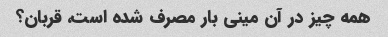
همه چیز در آن مینی بار مصرف شده است، قربان؟